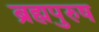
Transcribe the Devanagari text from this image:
ब्रह्मपुरुष